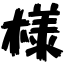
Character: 様